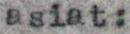
asiat: